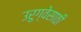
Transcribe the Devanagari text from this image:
उरुग्वेसाठी